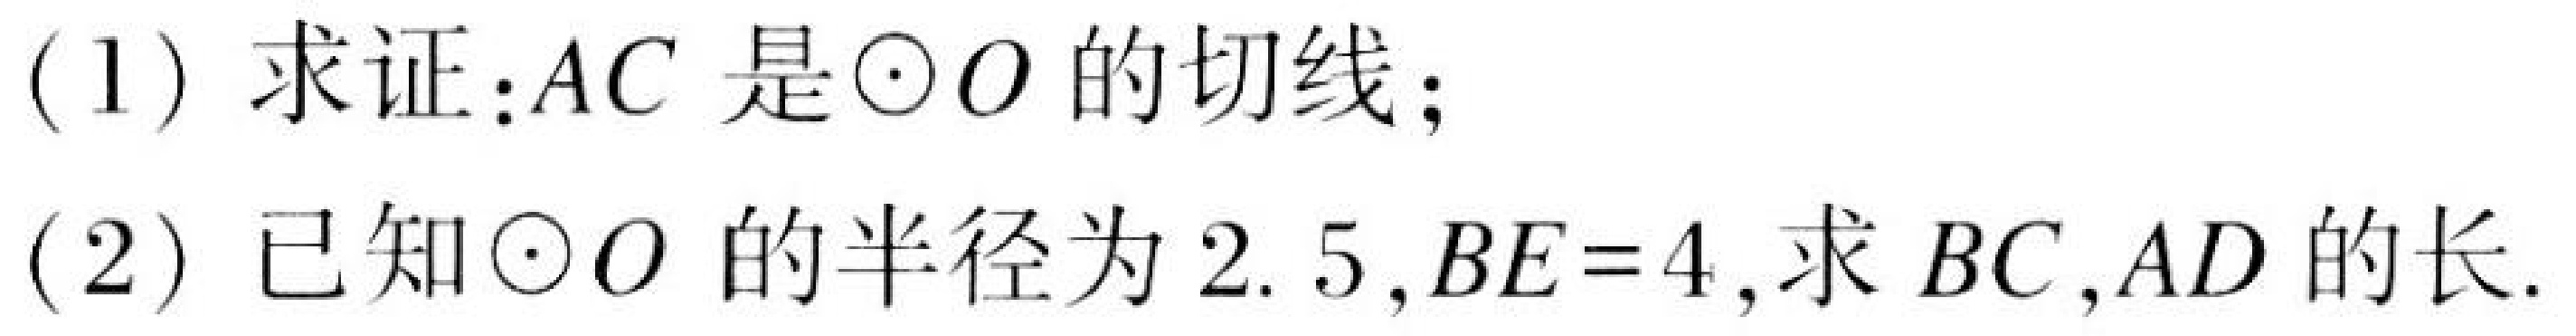
(1) 求证:\(AC\)是\(\odot O\)的切线;
(2) 已知\(\odot O\)的半径为\(2.5\),\(BE = 4\),求 \(BC,AD\)的长.